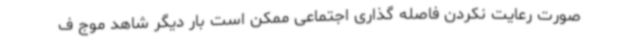
صورت رعایت نکردن فاصله گذاری اجتماعی ممکن است بار دیگر شاهد موج ف